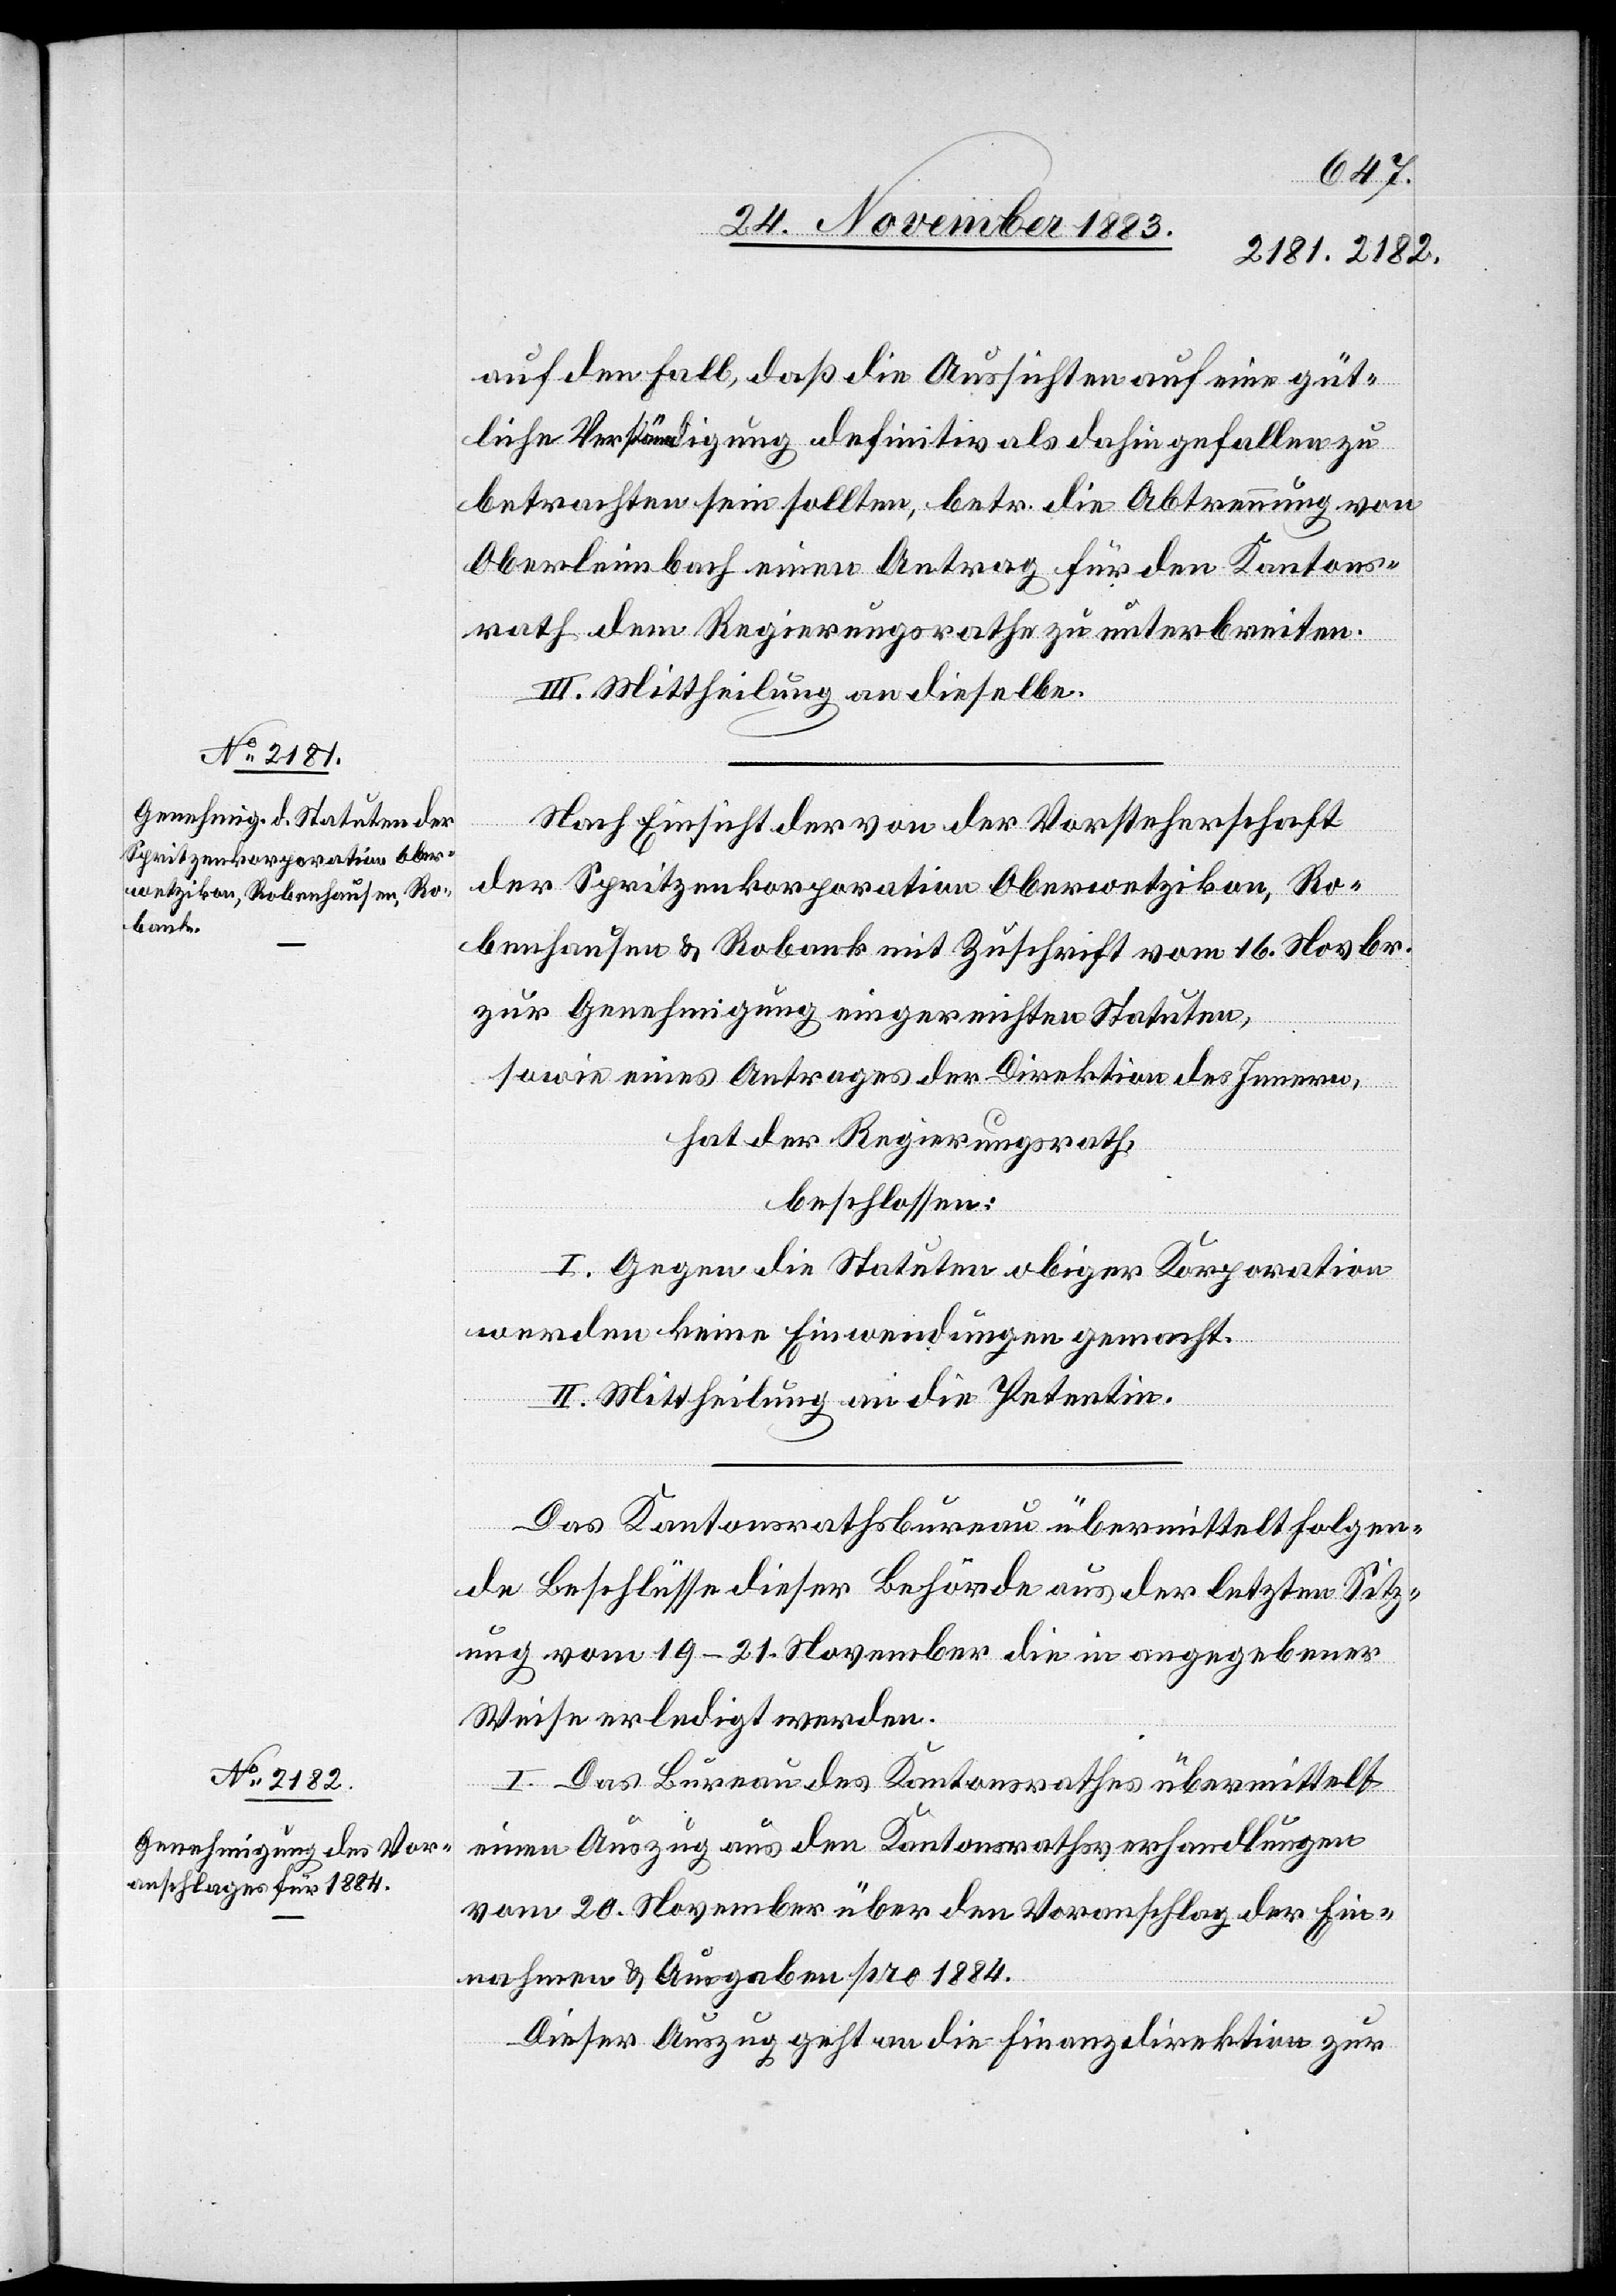
auf den Fall, daß die Aussichten auf eine güt¬
liche Verständigung definitiv als dahin gefallen zu
betrachten sein sollten, betr. die Abtrennung von
Oberleimbach einen Antrag für den Kantons¬
rath dem Regierungsrathe zu unterbreiten.
III. Mittheilung an dieselbe.
Nach Einsicht der von der Vorsteherschaft
der Spritzenkorporation Oberwetzikon, Ro¬
benhausen & Robank mit Zuschrift vom 16. Novbr.
zur Genehmigung eingereichten Statuten,
sowie eines Antrages der Direktion des Innern,
hat der Regierungsrath,
beschlossen:
I. Gegen die Stauten obiger Korporation
werden keine Einwendungen gemacht.
II. Mittheilung an die Petentin.
Das Kantonsrathsbureau übermittelt folgen¬
de Beschlüsse dieser Behörde aus der letzten Sitz¬
ung vom 19–21. November die in angegebener
Weise erledigt werden.
I. Das Bureau des Kantonsrathes übermittelt
einen Auszug aus den Kantonsrathsverhandlungen
vom 20. November über den Voranschlag der Ein¬
nahmen & Ausgaben pro 1884.
Dieser Auszug geht an die Finanzdirektion zur